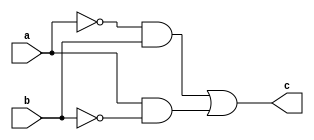
//Exercicio 6
//Nome: Vitor Angelo Lima
//Matrcula: 451621

module  xorgate( output c, input a, input b);
	assign c = (~a & b) | (a & ~b) ;
endmodule

module testgate;
	reg a, b;
	wire c;
	xorgate gate1 (c, a, b);
	
	initial begin
		a = 0; b = 0;
		#1 $monitor ("( %b ^ %b ) = %b", a, b, c);
		#1 a = 0; b = 0;
		#1 a = 0; b = 1;
		#1 a = 1; b = 1;
		#1 a = 1; b = 0;
	end
endmodule